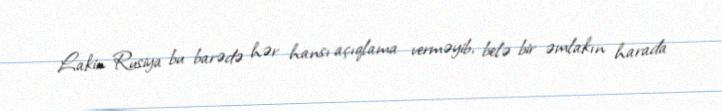
Lakin Rusiya bu barədə hər hansı açıqlama verməyib, belə bir əmlakın harada